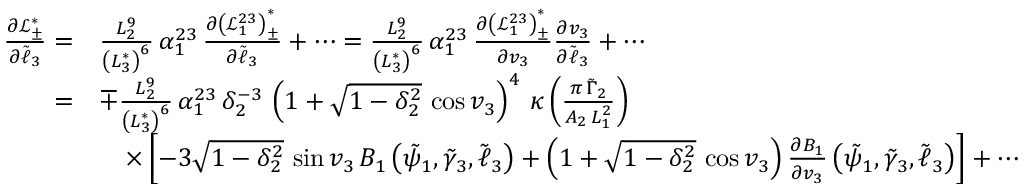
\begin{array} { r l } { \frac { \partial \mathcal { L } _ { \pm } ^ { * } } { \partial \tilde { \ell } _ { 3 } } = } & { \frac { L _ { 2 } ^ { 9 } } { \left( L _ { 3 } ^ { * } \right) ^ { 6 } } \, \alpha _ { 1 } ^ { 2 3 } \, \frac { \partial \left( \mathcal { L } _ { 1 } ^ { 2 3 } \right) _ { \pm } ^ { * } } { \partial \tilde { \ell } _ { 3 } } + \cdots = \frac { L _ { 2 } ^ { 9 } } { \left( L _ { 3 } ^ { * } \right) ^ { 6 } } \, \alpha _ { 1 } ^ { 2 3 } \, \frac { \partial \left( \mathcal { L } _ { 1 } ^ { 2 3 } \right) _ { \pm } ^ { * } } { \partial v _ { 3 } } \frac { \partial v _ { 3 } } { \partial \tilde { \ell } _ { 3 } } + \cdots } \\ { = } & { \mp \frac { L _ { 2 } ^ { 9 } } { \left( L _ { 3 } ^ { * } \right) ^ { 6 } } \, \alpha _ { 1 } ^ { 2 3 } \, \delta _ { 2 } ^ { - 3 } \, \left( 1 + \sqrt { 1 - \delta _ { 2 } ^ { 2 } } \, \cos v _ { 3 } \right) ^ { 4 } \, \kappa \left( \frac { \pi \, \tilde { \Gamma } _ { 2 } } { A _ { 2 } \, L _ { 1 } ^ { 2 } } \right) } \\ & { \quad \times \left[ - 3 \sqrt { 1 - \delta _ { 2 } ^ { 2 } } \, \sin v _ { 3 } \, B _ { 1 } \left( \tilde { \psi } _ { 1 } , \tilde { \gamma } _ { 3 } , \tilde { \ell } _ { 3 } \right) + \left( 1 + \sqrt { 1 - \delta _ { 2 } ^ { 2 } } \, \cos v _ { 3 } \right) \frac { \partial B _ { 1 } } { \partial v _ { 3 } } \left( \tilde { \psi } _ { 1 } , \tilde { \gamma } _ { 3 } , \tilde { \ell } _ { 3 } \right) \right] + \cdots } \end{array}